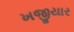
ખજીયાર